Sketch of the medical history of the native army of Bombay, for the year
Year: 1870
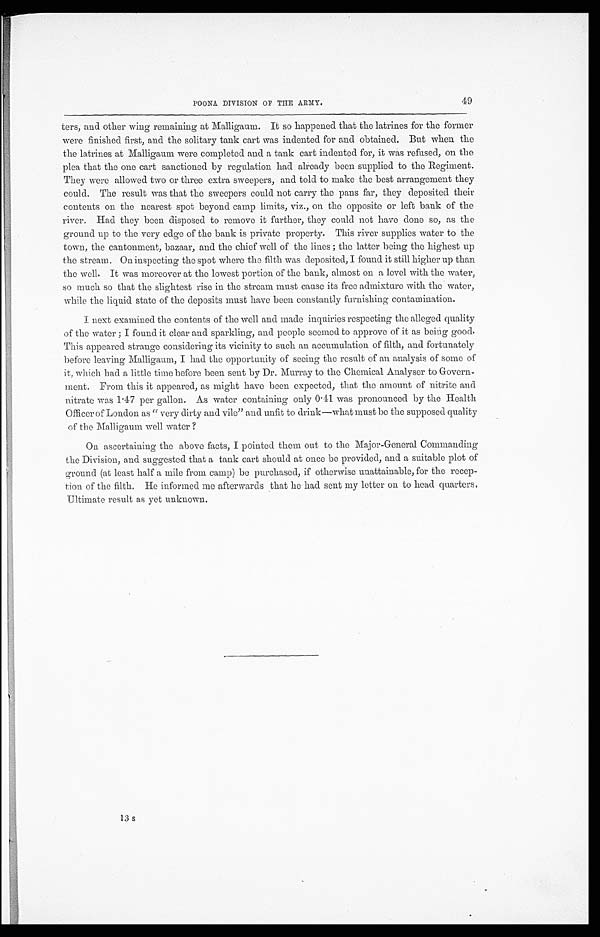
49
POONA DIVISION OF THE ARMY.
ters, and other wing remaining at Malligaum. It so happened that the latrines for the former
were finished first, and the solitary tank cart was indented for and obtained. But when the
the latrines at Malligaum were completed and a tank cart indented for, it was refused, on the
plea that the one cart sanctioned by regulation had already been supplied to the Regiment.
They were allowed two or three extra sweepers, and told to make the best arrangement they
could. The result was that the sweepers could not carry the pans far, they deposited their
contents on the nearest spot beyond camp limits, viz., on the opposite or left bank of the
river. Had they been disposed to remove it further, they could not have done so, as the
ground up to the very edge of the bank is private property. This river supplies water to the
town, the cantonment, bazaar, and the chief well of the lines; the latter being the highest up
the stream, On inspecting the spot where the filth was deposited, I found it still higher up than
the well. It was moreover at the lowest portion of the bank, almost on a level with the water,
so much so that the slightest rise in the stream must cause its free admixture with the water,
while the liquid state of the deposits must have been constantly furnishing contamination.
I next examined the contents of the well and made inquiries respecting the alleged quality
of the water; I found it clear and sparkling, and people seemed to approve of it as being good.
This appeared strange considering its vicinity to such an accumulation of filth, and fortunately
before leaving Malligaum, I had the opportunity of seeing the result of an analysis of some of
it, which had a little time before been sent by Dr. Murray to the Chemical Analyser to Govern
-ment. From this it appeared, as might have been expected, that the amount of nitrite and
nitrate was 1.47 per gallon. As water containing only 0.41 was pronounced by the Health
Officer of London as "very dirty and vile" and unfit to drink—what must be the supposed quality
of the Malligaum well water?
On ascertaining the above facts, I pointed them out to the Major-General Commanding
the Division, and suggested that a tank cart should at once be provided, and a suitable plot of
ground (at least half a mile from camp) be purchased, if otherwise unattainable, for the recep
-tion of the filth. He informed me afterwards that he had sent my letter on to head quarters.
Ultimate result as yet unknown.
13 s